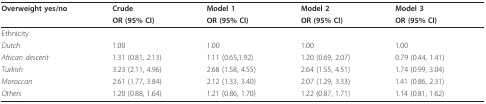
| Overweight yes/no | Crude | Model 1 | Model 2 | Model 3 |
 |  | OR (95% CI) | OR (95% CI) | OR (95% CI) | OR (95% CI) |
 | --- | --- | --- | --- | --- |
 | Ethnicity |  |  |  |  |
 | Dutch | 1.00 | 1.00 | 1.00 | 1.00 |
 | African descent | 1.31 (0.81, 2.13) | 1.11 (0.65,1.92) | 1.20 (0.69, 2.07) | 0.79 (0.44, 1.41) |
 | Turkish | 3.23 (2.11, 4.96) | 2.68 (1.58, 4.55) | 2.64 (1.55, 4.51) | 1.74 (0.99, 3.04) |
 | Moroccan | 2.61 (1.77, 3.84) | 2.12 (1.33, 3.40) | 2.07 (1.29, 3.33) | 1.41 (0.86, 2.31) |
 | Others | 1.20 (0.88, 1.64) | 1.21 (0.86, 1.70) | 1.22 (0.87, 1.71) | 1.14 (0.81, 1.62) |